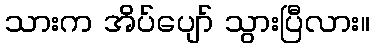
သားက အိပ်ပျော် သွားပြီလား။